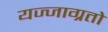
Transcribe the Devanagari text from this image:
यज्जाग्रतो